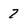
Character: 7